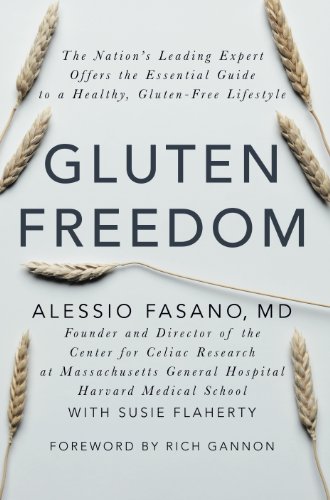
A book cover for Gluten Freedom: The Nation's Leading Expert Offers the Essential Guide to a Healthy, Gluten-Free Lifestyle; Alessio Fasano; Health, Fitness & Dieting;